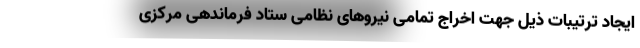
ایجاد ترتیبات ذیل جهت اخراج تمامی نیروهای نظامی ستاد فرماندهی مرکزی